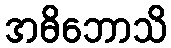
အဓိဘောသိ